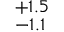
^ { + 1 . 5 } _ { - 1 . 1 }